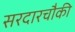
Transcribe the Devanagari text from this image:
सरदारचौकी